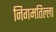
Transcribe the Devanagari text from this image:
निगमतिल्ला